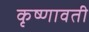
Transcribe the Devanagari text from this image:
कृष्णावती